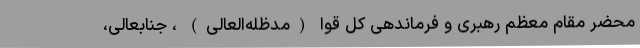
محضر مقام معظم رهبری و فرماندهی کل قوا (مدظله‌العالی) ، جنابعالی،